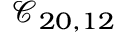
\mathcal { C } _ { 2 0 , 1 2 }